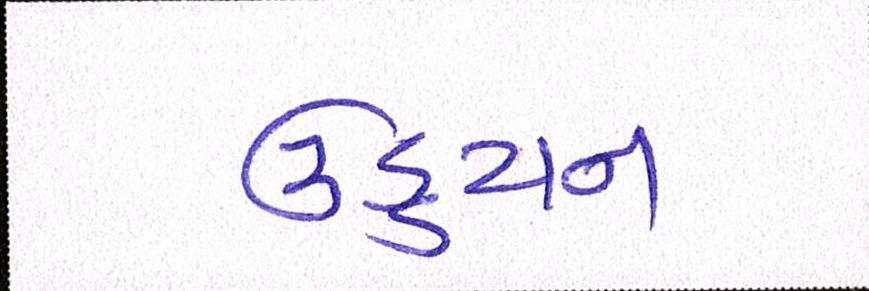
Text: ઉડ્ડયન